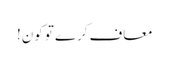
معاف کرے تو کون!